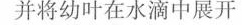
并将幼叶在水滴中展开